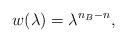
LaTeX: \begin{align*}w(\lambda)=\lambda^{n_B-n},\end{align*}